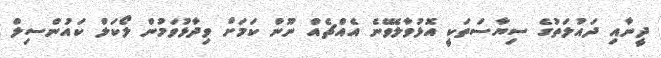
ދީނާއި ދައުލަތުގެ ސިޔާސަތަކީ އޮޅުވާލެވޭނެ އެއްޗެއް ނޫން ކަމަށް ވިދާޅުވަމުން ލޯކަލް ކައުންސިލް